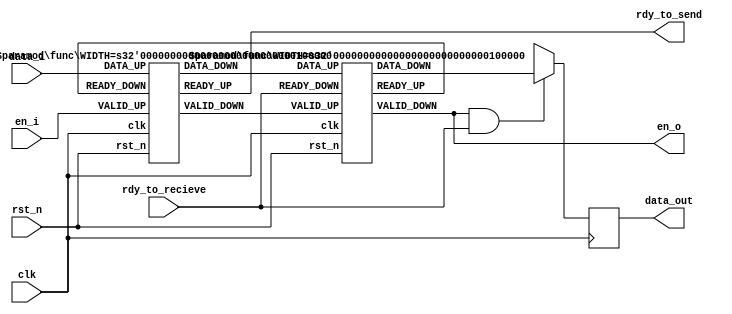
`timescale 1ns / 1ps
//////////////////////////////////////////////////////////////////////////////////
// Company: 
// Engineer: 
// 
// Design Name: 
// Module Name: topm
// Project Name: handshake
// Target Devices: 
// Tool Versions: Vivado2018.3
// Description: 
// 
// Dependencies: 
// 
// Revision:
// Revision 0.01 - File Created
// Additional Comments:
// 
//////////////////////////////////////////////////////////////////////////////////

`timescale 1ns/1ns
module topm#(
    parameter WIDTH            = 32
)        
	(
    input                      clk,
    input                      rst_n,
    input                      en_i,
    input[WIDTH-1:0]           data_i,
    input                      rdy_to_recieve,
    output                     en_o,
    output reg[WIDTH-1:0]          data_out,
    output                     rdy_to_send
    );
    wire[WIDTH-1:0] data_o;
    reg[WIDTH-1:0] data_out1;
    reg[WIDTH-1:0] data_out2;
    wire M2S_val;
    wire S2M_rdy;
    wire flag;
    wire [WIDTH-1:0] M2S_data;
    always@(posedge clk)begin
        data_out1 <= data_o;
    end
    always@(posedge clk)begin
        
        data_out <= (en_o&&rdy_to_recieve)?data_o:{WIDTH{1'bx}};
    end
    func#(
    .WIDTH(WIDTH)
    )   U_master     
	(
    .clk(clk),
    .rst_n(rst_n),
    .VALID_UP(en_i),
    .READY_UP(rdy_to_send),
    .DATA_UP(data_i),
    .VALID_DOWN(M2S_val),
    .READY_DOWN(S2M_rdy),
    .DATA_DOWN(M2S_data)
    );

    func#(
    .WIDTH(WIDTH)
    )   U_slave     
	(
    .clk(clk),
    .rst_n(rst_n),
    .VALID_UP(M2S_val),
    .READY_UP(S2M_rdy),
    .DATA_UP(M2S_data),
    .VALID_DOWN(en_o),
    .READY_DOWN(rdy_to_recieve),
    .DATA_DOWN(data_o)
    );
endmodule
//---------------------------------------
module func#(
        parameter WIDTH            = 32
    )        
        (
        input                      clk,
        input                      rst_n,
        //Up stream
        input                      VALID_UP,
        output reg                 READY_UP,
        input  [WIDTH-1:0]         DATA_UP,
        //Down Stream
        output                     VALID_DOWN,
        input                      READY_DOWN,
        output [WIDTH-1:0]         DATA_DOWN,
        output vas
        );
    wire                       store_data;
    reg    [WIDTH-1:0]         buffered_data;
    reg                        buffer_valid;
    //---------------------------------------

    assign store_data = VALID_UP && READY_UP && ~READY_DOWN;
    assign vas = (~store_data);
    always @(posedge clk)
        if (!rst_n)  buffer_valid <= 1'b0;
        else        buffer_valid <= buffer_valid ? ~READY_DOWN: store_data;

    always @(posedge clk)
        if (!rst_n)  buffered_data <= {WIDTH{1'b0}};
        else        buffered_data <= store_data ? DATA_UP : buffered_data;

    always @(posedge clk) begin
        if (!rst_n)  READY_UP <= 1'b1; 
        else        READY_UP <= READY_DOWN || ((~buffer_valid) && (~store_data)); //Bubule clampping
        end

    assign VALID_DOWN = READY_UP? VALID_UP : buffer_valid;
    assign DATA_DOWN  = READY_UP? DATA_UP  : buffered_data;
endmodule